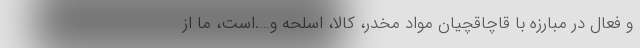
و فعال در مبارزه با قاچاقچیان مواد مخدر، کالا، اسلحه و….است، ما از